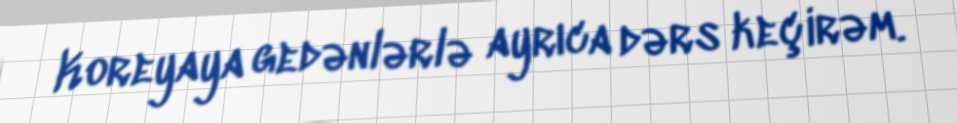
Koreyaya gedənlərlə ayrıca dərs keçirəm.